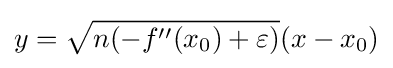
y={\sqrt {n(-f''(x_{0})+\varepsilon )}}(x-x_{0})